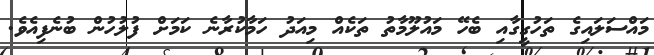
މައްސަލައިގެ ތަހުގީގާއި ބެހޭ މައުލޫމާތު ތަކެއް މިއަދު ހަމާކުރާނެ ކަމަށް ފުލުހުން ބުނެފިއެވެ.